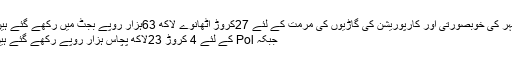
شہر کی خوبصورتی اور کارپوریشن کی گاڑیوں کی مرمت کے لئے 27کروڑ اٹھانوے لاکھ 63ہزار روپے بجٹ میں رکھے گئے ہیں.
جبکہ Pol کے لئے 4 کروڑ 23لاکھ پچاس ہزار روپے رکھے گئے ہیں۔